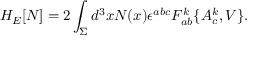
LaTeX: H _ { E } [ N ] = 2 \int _ { \Sigma } d ^ { 3 } x N ( x ) \epsilon ^ { a b c } F _ { a b } ^ { k } \{ A _ { c } ^ { k } , V \} .